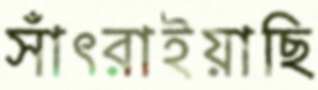
সাঁৎরাইয়াছি